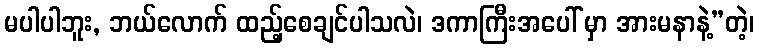
မပါပါဘူး, ဘယ်လောက် ထည့်စေချင်ပါသလဲ၊ ဒကာကြီးအပေါ် မှာ အားမနာနဲ့”တဲ့၊